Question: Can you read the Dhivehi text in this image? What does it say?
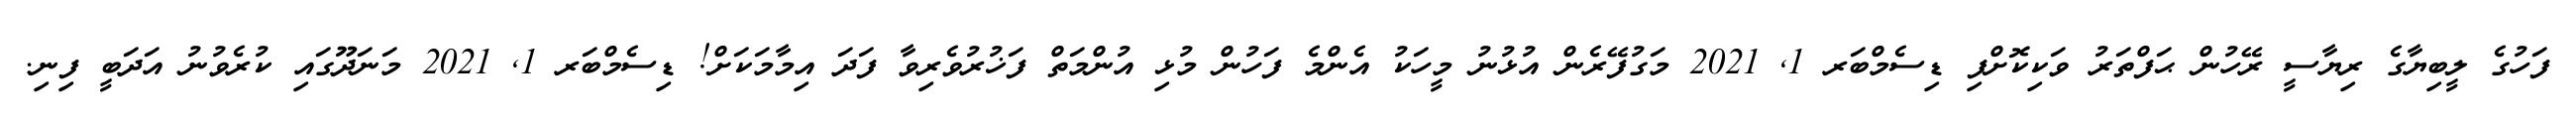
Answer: ފަހުގެ ލީބިޔާގެ ރިޔާސީ ރޭހުން ޙަފްތަރު ވަކިކޮށްފި ޑިސެމްބަރ 1, 2021 މަގުފޭރެން އުޅުނު މީހަކު އެންމެ ފަހުން މުޅި އުންމަތް ފަޚުރުވެރިވާ ފަދަ އިމާމަކަށް! ޑިސެމްބަރ 1, 2021 މަނަދޫގައި ކުރެވުނު އަދަބީ ފިނި.